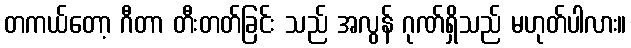
တကယ်တော့ ဂီတာ တီးတတ်ခြင်း သည် အလွန် ဂုဏ်ရှိသည် မဟုတ်ပါလား။